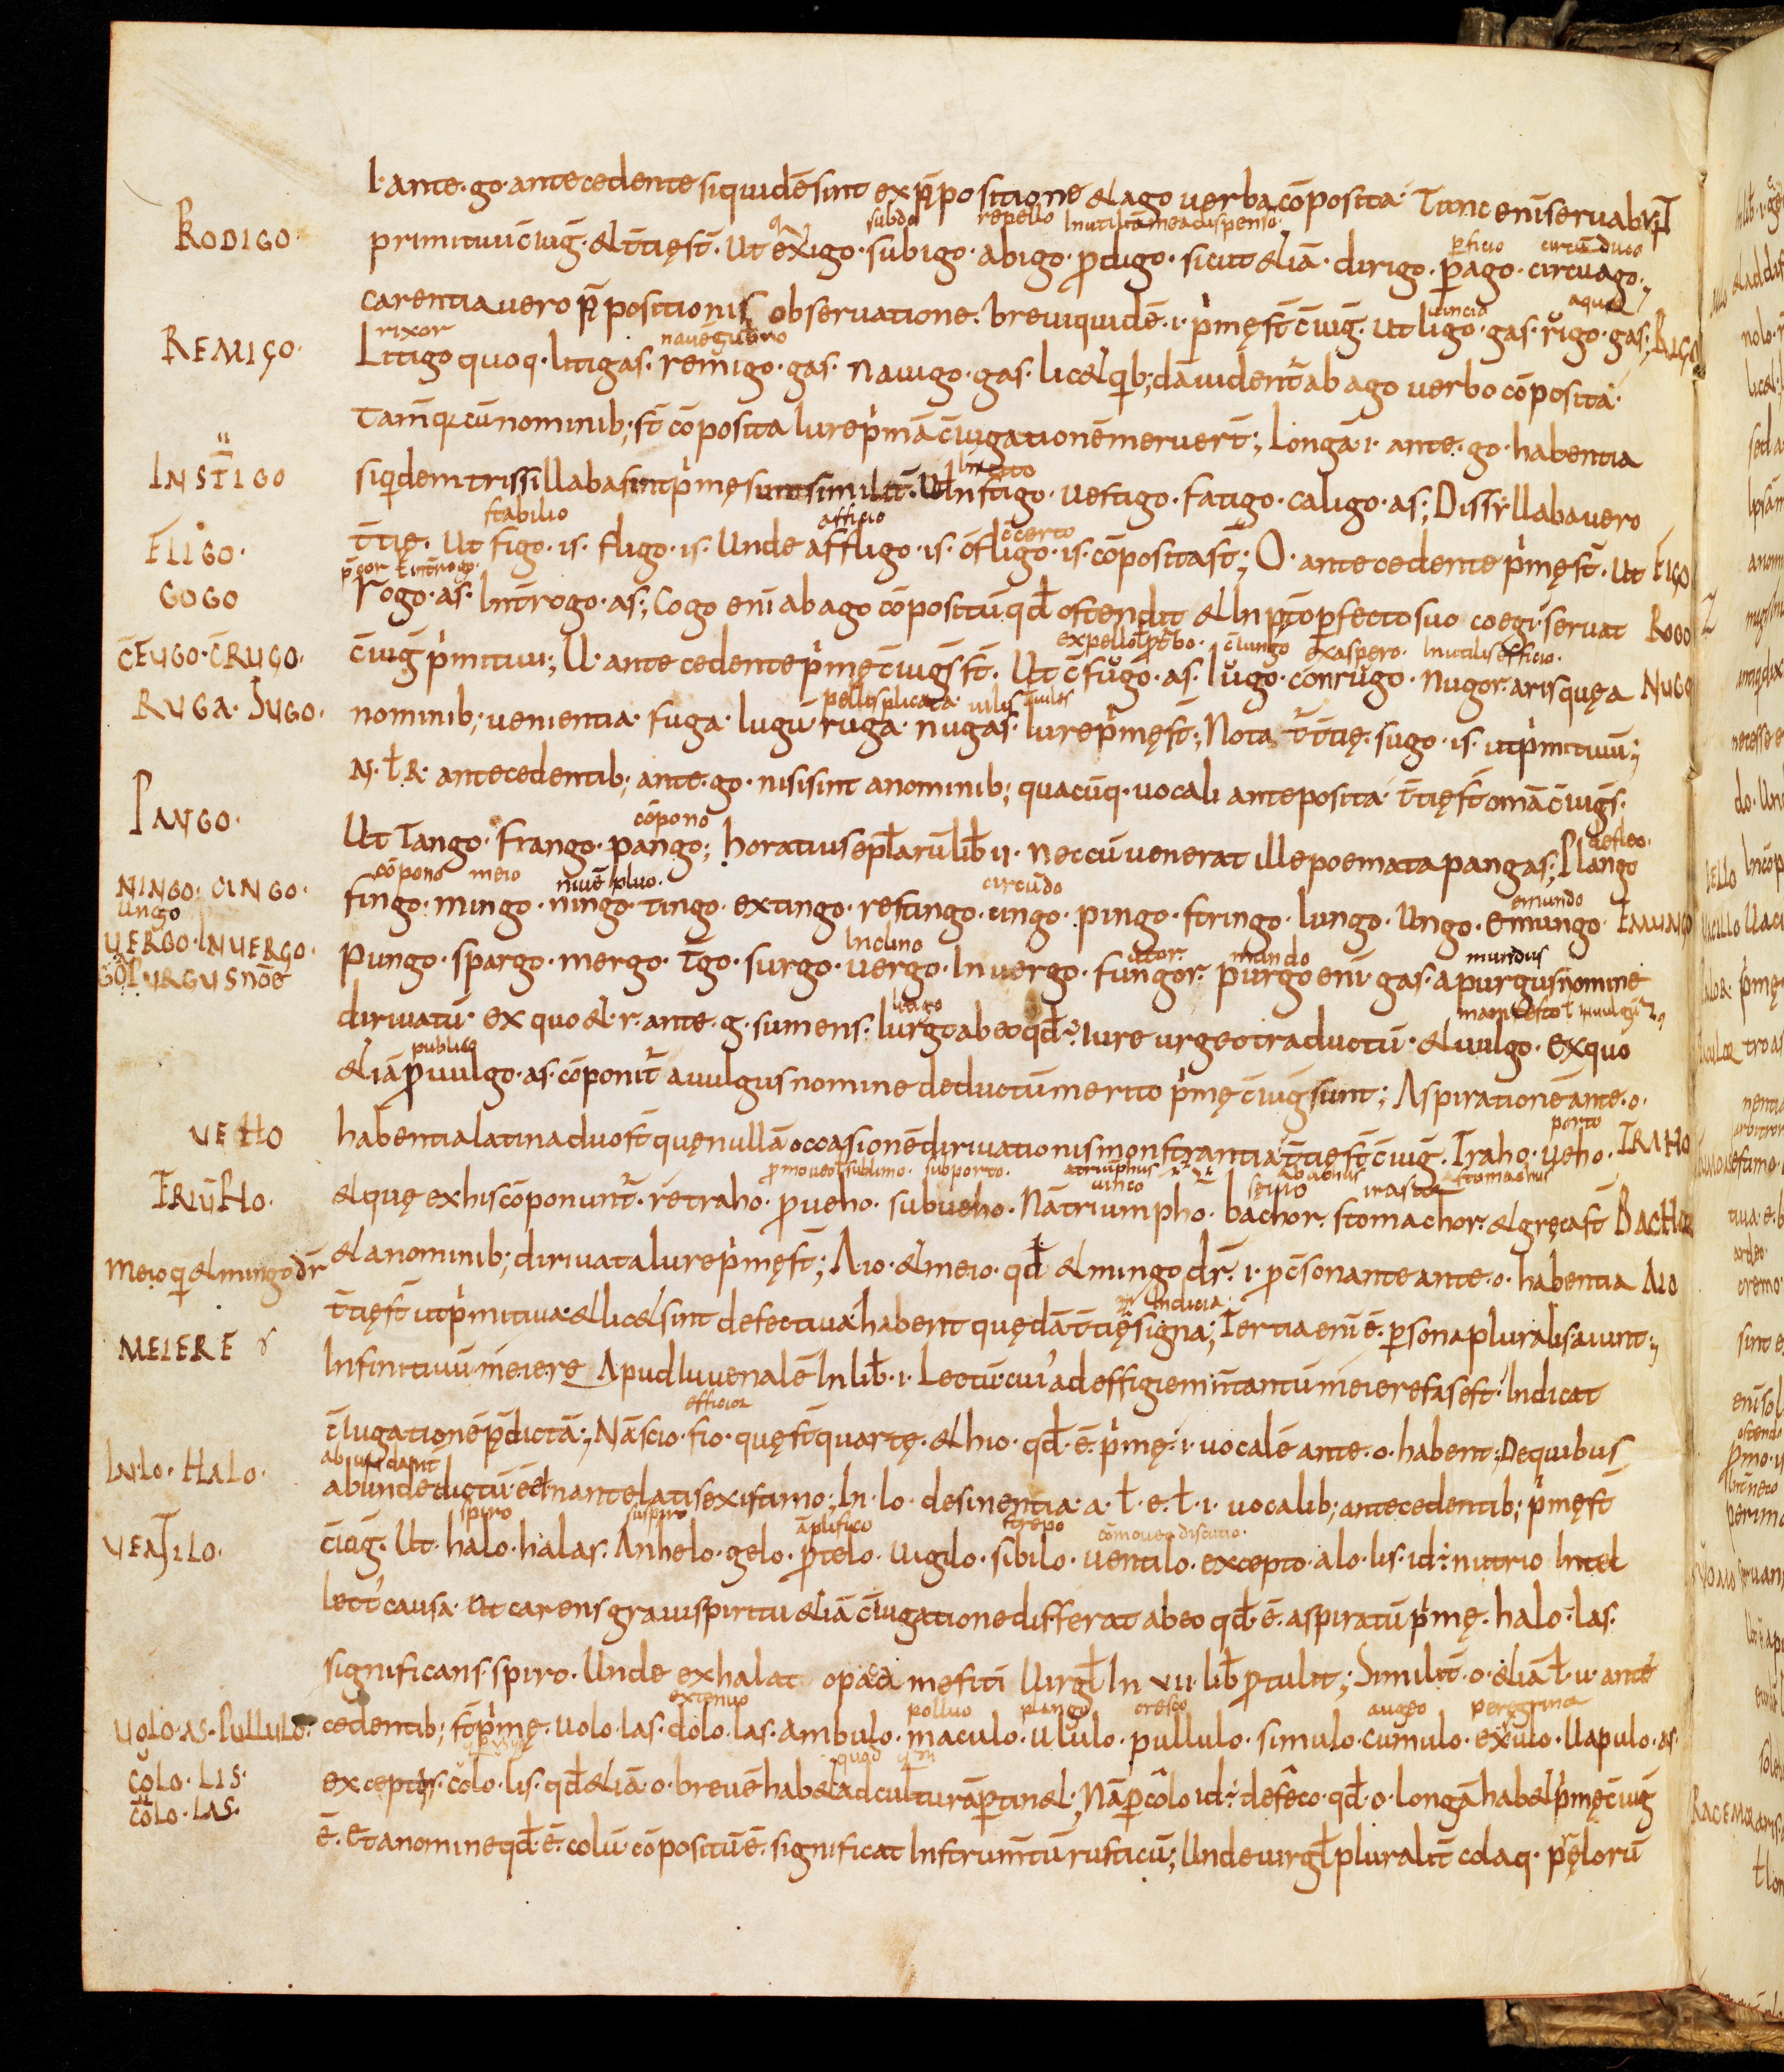
Shelfmark: Bamberg, Staatsbibliothek, MS Class. 30
Century: 9